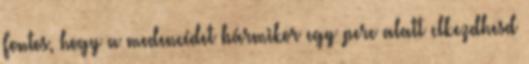
Fontos, hogy a medencédet bármikor egy perc alatt elkezdhesd